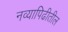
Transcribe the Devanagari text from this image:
नव्यापिढीतील